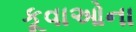
કૂવાઓના